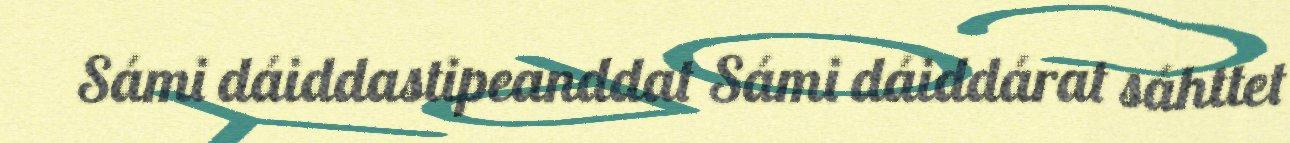
Sámi dáiddastipeanddat Sámi dáiddárat sáhttet